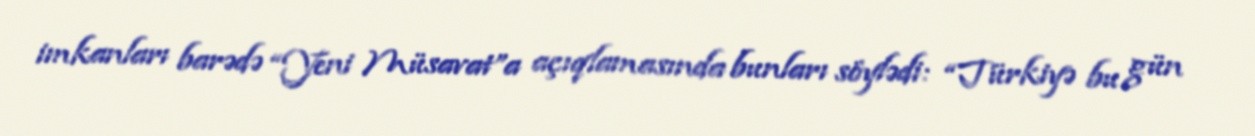
imkanları barədə “Yeni Müsavat”a açıqlamasında bunları söylədi: “Türkiyə bu gün